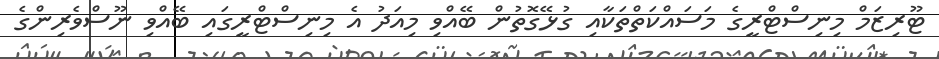
ޓޫރިޒަމް މިނިސްޓްރީގެ މަސައްކަތްތަކާއި ގުޅޭގޮތުން ބޭއްވި މިއަދު އެ މިނިސްޓްރީގައި ބޭއްވި ނޫސްވެރިންގެ